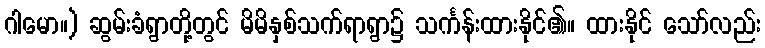
ဂါမော။) ဆွမ်းခံရွာတို့တွင် မိမိနှစ်သက်ရာရွာ၌ သင်္ကန်းထားနိုင်၏။ ထားနိုင် သော်လည်း